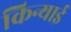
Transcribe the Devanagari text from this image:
किन्याई